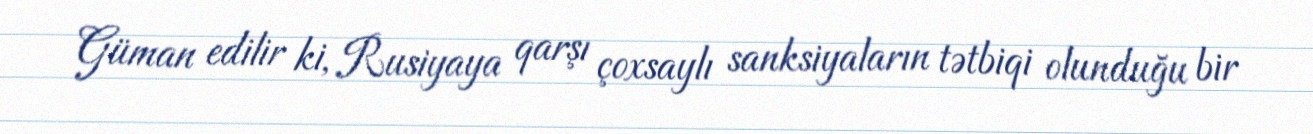
Güman edilir ki, Rusiyaya qarşı çoxsaylı sanksiyaların tətbiqi olunduğu bir